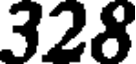
328